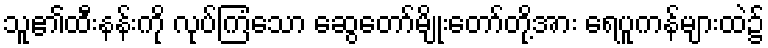
သူ၏ထီးနန်းကို လုပ်ကြံသော ဆွေတော်မျိုးတော်တို့အား ရေပူကန်များထဲ၌